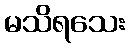
မသိရသေး